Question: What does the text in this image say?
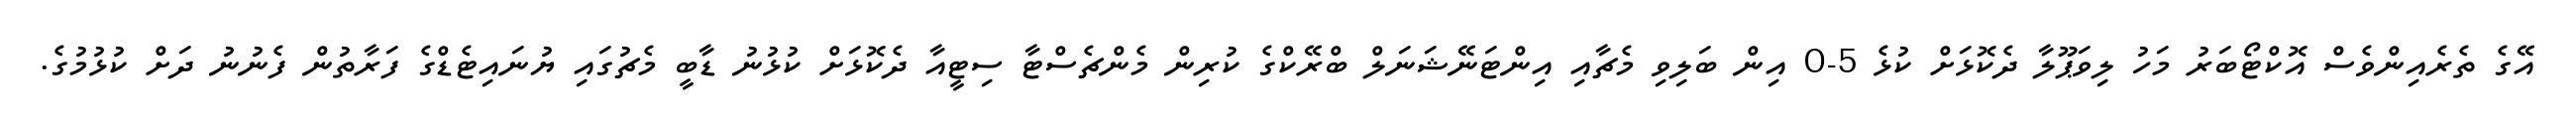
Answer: އޭގެ ތެރެއިންވެސް އޮކްޓޯބަރު މަހު ލިވަޕޫލާ ދެކޮޅަށް ކުޅެ 5-0 އިން ބަލިވި މެޗާއި އިންޓަނޭޝަނަލް ބްރޭކްގެ ކުރިން މެންޗެސްޓާ ސިޓީއާ ދެކޮޅަށް ކުޅުނު ޑާބީ މެޗުގައި ޔުނައިޓެޑްގެ ފަރާތުން ފެނުނު ދަށް ކުޅުމުގެ.